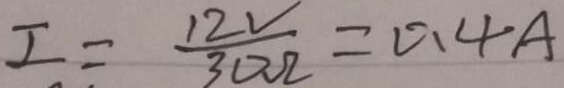
I = \frac { 1 2 V } { 3 0 \Omega } = 0 . 4 A